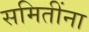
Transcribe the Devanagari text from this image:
समितींना